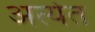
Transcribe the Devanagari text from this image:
अत्येत